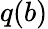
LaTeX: q(b)